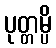
ပုတ္တမ္ပိ